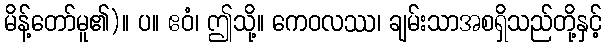
မိန့်တော်မူ၏)။ ပ။ ဧဝံ၊ ဤသို့။ ကေဝလဿ၊ ချမ်းသာအစရှိသည်တို့နှင့်